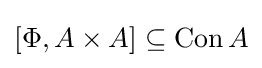
\left[\Phi ,A\times A\right]\subseteq \operatorname {Con} A